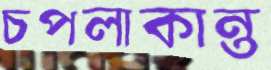
চপলাকান্ত